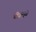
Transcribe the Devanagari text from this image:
दीक्षेमुळे